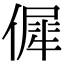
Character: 𠌬